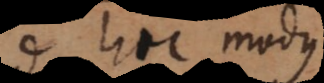
Sed hic modus